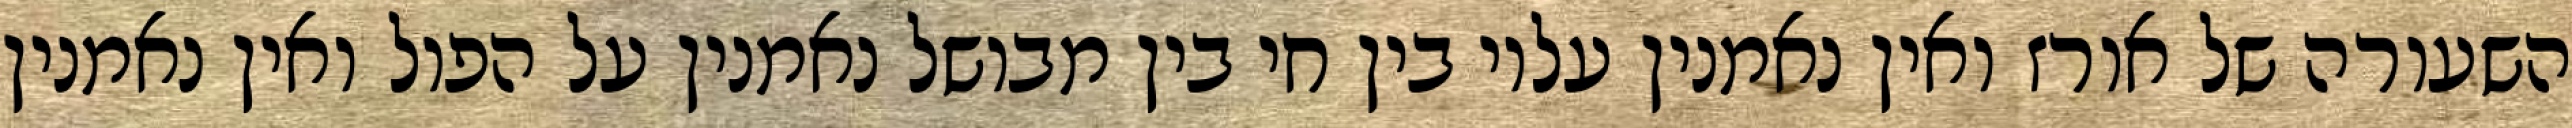
השעורה של אורז ואין נאמנין עליו בין חי בין מבושל נאמנין על הפול ואין נאמנין